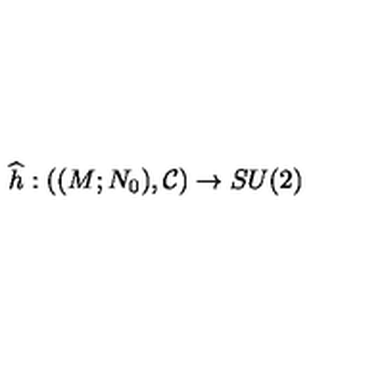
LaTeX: \widehat { h } : ( ( M ; N _ { 0 } ) , \mathcal { C } ) \rightarrow S U ( 2 )